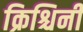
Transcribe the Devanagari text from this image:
क्रिश्चिनी